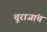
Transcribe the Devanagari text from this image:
चूराजांच